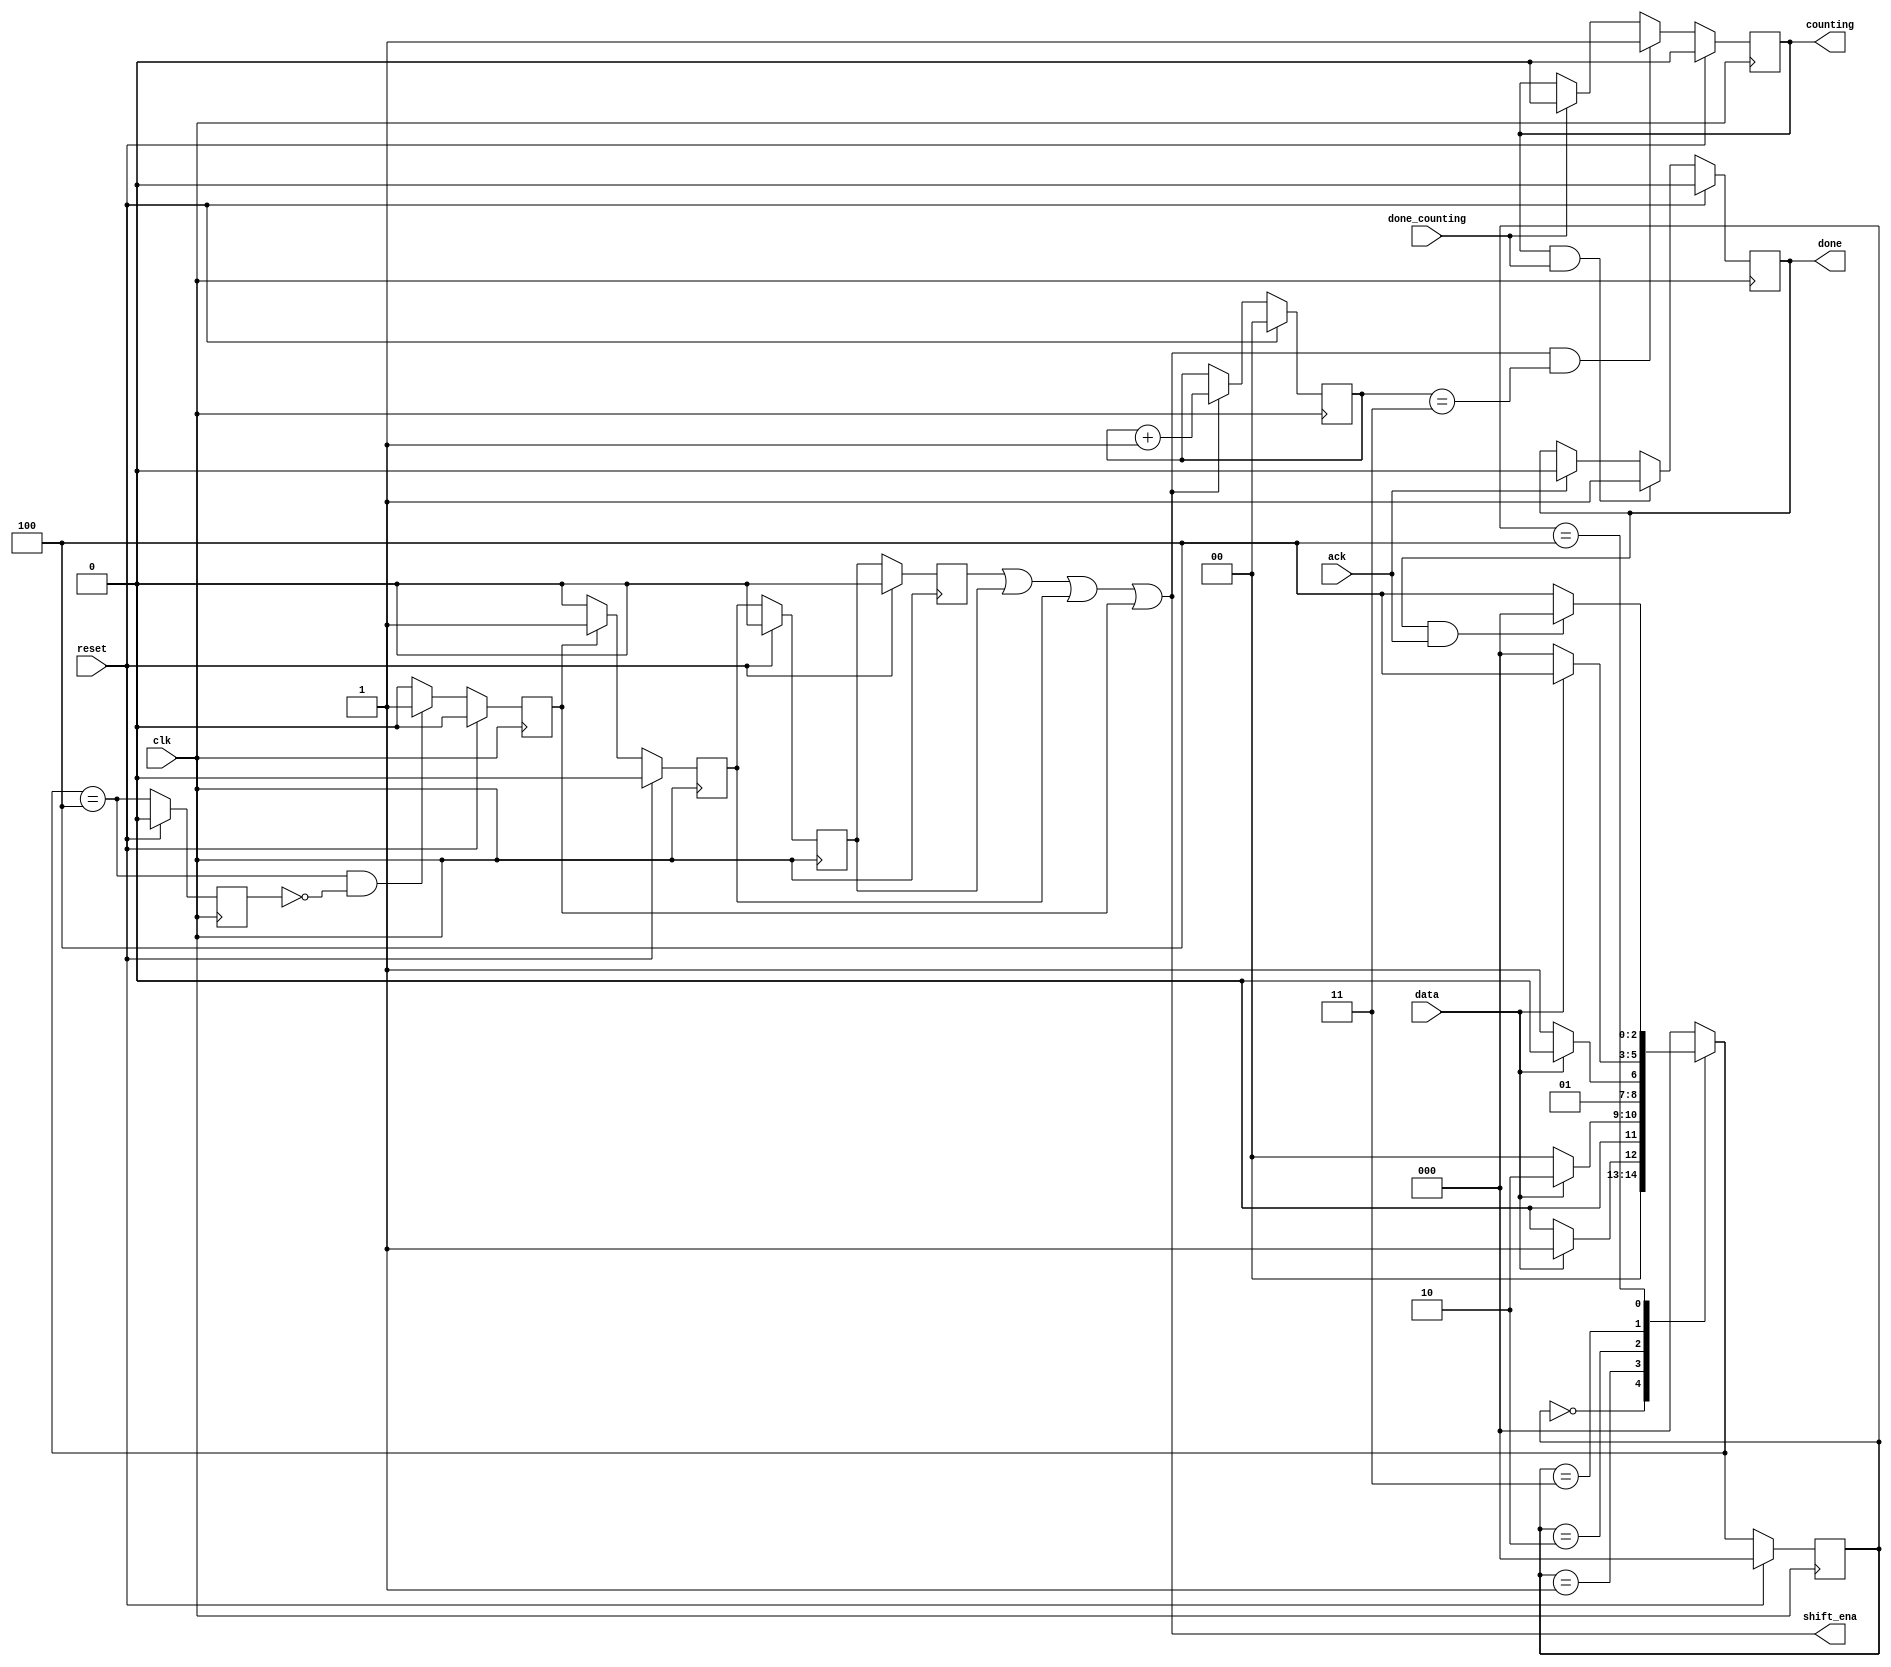
module fsm_timer (
//module top_module (
    input           clk,
    input           reset, // Synchronous reset

    input           data,
    input           done_counting,
    input           ack,

    output          shift_ena,
    output          counting,
    output          done

    );

    reg     [2:0]   cur_state;
    reg     [2:0]   next_state;
    
    reg             rst_d1;
    reg             rst_d2;
    reg             rst_d3;
//    reg             rst_d4;
    reg     [1:0]   shift_ena_cnt;
    reg             start_shifting;
    wire            s4_tri;
    reg             s4_tri_d1;
    wire            s4_tri_pos;

    parameter 
            S0_IDLE = 3'd0,
            S1_1    = 3'd1,
            S2_11   = 3'd2,
            S3_110  = 3'd3,
            S4_1101 = 3'd4;


    always @ (posedge clk) begin
        if (reset) begin
            cur_state <= S0_IDLE;
        end else begin
            cur_state <= next_state;
        end
    end

    always @ (*) begin
        case (cur_state)
            S0_IDLE :   if (data == 1'b1)
                            next_state = S1_1;
                        else 
                            next_state = S0_IDLE;
            S1_1    :
                        if (data == 1'b1)
                            next_state = S2_11;
                        else if (data == 1'b0)
                            next_state = S0_IDLE;
                        else
                            next_state = S1_1;
            S2_11   :
                        if (data == 1'b0)
                            next_state = S3_110;
                        else
                            next_state = S2_11;
            S3_110  :
                        if (data == 1'b1)
                            next_state = S4_1101;
                        else if (data == 1'b0)
                            next_state = S0_IDLE;
                        else
                            next_state = S3_110;
            S4_1101 :   if (done && ack)
                            next_state = S0_IDLE;
                        else
                            next_state = S4_1101;                         
            default : 
                        next_state = S0_IDLE;
        endcase
    end

    assign  s4_tri_pos = s4_tri && (!s4_tri_d1);
    assign  s4_tri = next_state == S4_1101;

    always @ (posedge clk) begin
        if (reset) begin
            s4_tri_d1 <= 1'b0;
        end else begin
            s4_tri_d1 <= s4_tri;
        end
    end

    always @ (posedge clk) begin
        if (reset)
            start_shifting <= 1'b0;
        else if (s4_tri_pos)
            start_shifting <= 1'b1;
        else
            start_shifting <= 1'b0;            
    end

    always @ (posedge clk) begin
        if (reset) begin
            rst_d1 <= 1'b0;
        end else if (start_shifting) begin
            rst_d1 <= start_shifting;
        end else begin
            rst_d1 <= 1'd0;
        end           
    end

    always @ (posedge clk) begin
        if (reset) begin
            rst_d2 <= 1'b0;
            rst_d3 <= 1'b0;
//            rst_d4 <= 1'b0;
        end else begin
            rst_d2 <= rst_d1;
            rst_d3 <= rst_d2;
//            rst_d4 <= rst_d3;
        end   
    end

    assign shift_ena = rst_d3 | rst_d2 | rst_d1 | start_shifting;
    
    always @(posedge clk) begin
        if (reset) begin
            shift_ena_cnt <= 2'd0;
        end else if (shift_ena) begin
            shift_ena_cnt <= shift_ena_cnt + 1'b1;
        end
    end

    always @(posedge clk) begin
        if (reset) begin
            counting <= 1'b0;
        end else if (shift_ena && shift_ena_cnt == 2'd3) begin
            counting <= 1'b1;
        end else if (done_counting) begin
            counting <= 1'b0;
        end
    end

    always @ (posedge clk) begin
        if (reset) begin
            done <= 1'b0;
        end else if (counting && done_counting) begin
            done <= 1'b1;
        end else if (ack) begin
            done <= 1'b0;
        end
    end

endmodule